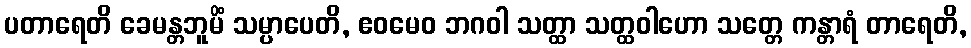
ပတာရေတိ ခေမန္တဘူမိံ သမ္ပာပေတိ, ဧဝမေဝ ဘဂဝါ သတ္ထာ သတ္ထဝါဟော သတ္တေ ကန္တာရံ တာရေတိ,